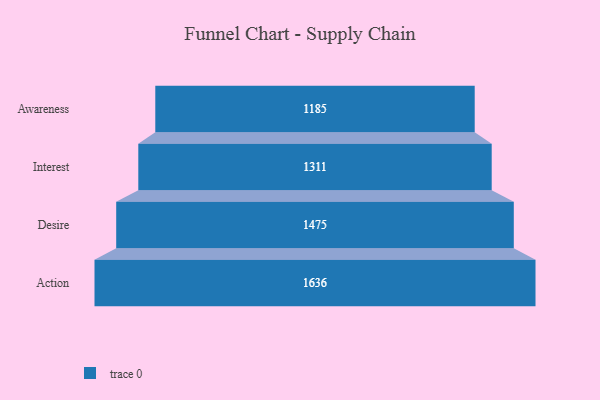
{"axis": {"x": "Stage", "y": "Value"}, "legend": [""], "data": [{"x": "Awareness", "y": 1185.0, "type": ""}, {"x": "Interest", "y": 1311.0, "type": ""}, {"x": "Desire", "y": 1475.0, "type": ""}, {"x": "Action", "y": 1636.0, "type": ""}]}